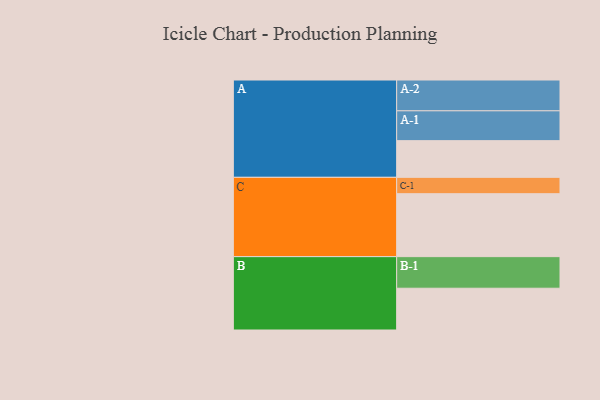
{"axis": {"x": "Segment", "y": "Value"}, "legend": ["", "A", "B", "C"], "data": [{"x": "A", "y": 338, "type": ""}, {"x": "B", "y": 385, "type": ""}, {"x": "C", "y": 580, "type": ""}, {"x": "A-1", "y": 275, "type": "A"}, {"x": "A-2", "y": 284, "type": "A"}, {"x": "B-1", "y": 291, "type": "B"}, {"x": "C-1", "y": 151, "type": "C"}]}